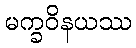
မက္ခဝိနယဿ